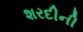
શરદીની